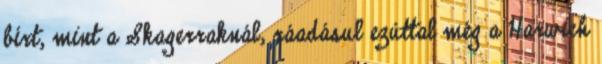
bírt, mint a Skagerraknál, ráadásul ezúttal még a Harwich